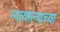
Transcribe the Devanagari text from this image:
न्यायाल्याच्या